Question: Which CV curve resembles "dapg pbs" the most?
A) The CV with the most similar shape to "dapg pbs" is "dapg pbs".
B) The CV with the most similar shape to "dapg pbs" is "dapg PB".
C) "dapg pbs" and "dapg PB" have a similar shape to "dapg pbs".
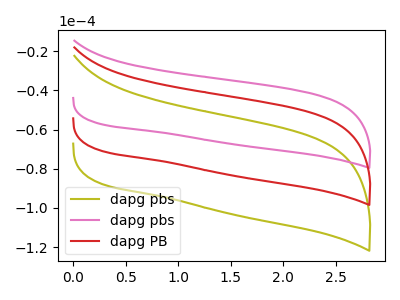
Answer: <think>The olive curve "dapg pbs" has no peaks. The pink curve "dapg pbs" has no peaks. The red curve "dapg PB" has no peaks.
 Neither "dapg pbs" or "dapg pbs" have any peaks. Neither "dapg pbs" or "dapg PB" have any peaks. Neither "dapg pbs" or "dapg PB" have any peaks.</think>
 <answer>C) "dapg pbs" and "dapg PB" have a similar shape to "dapg pbs".</answer>
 <eval>C</eval>